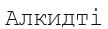
Алкидті